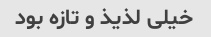
خیلی لذیذ و تازه بود